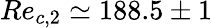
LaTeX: Re_{c,2}\simeq 188.5\pm 1